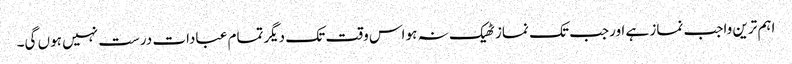
اہم ترین واجب نماز ہے اورجب تک نماز ٹھیک نہ ہو اس وقت تک دیگرتمام عبادات درست نہیں ہوں گی۔